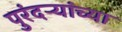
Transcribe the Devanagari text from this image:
पुरंदऱ्यांच्या